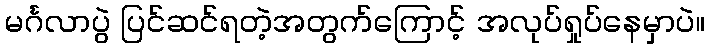
မင်္ဂလာပွဲ ပြင်ဆင်ရတဲ့အတွက်ကြောင့် အလုပ်ရှုပ်နေမှာပဲ။